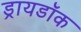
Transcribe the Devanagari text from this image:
ड्रायडॉक